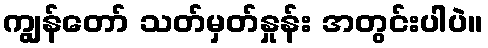
ကျွန်တော် သတ်မှတ်နှုန်း အတွင်းပါပဲ။